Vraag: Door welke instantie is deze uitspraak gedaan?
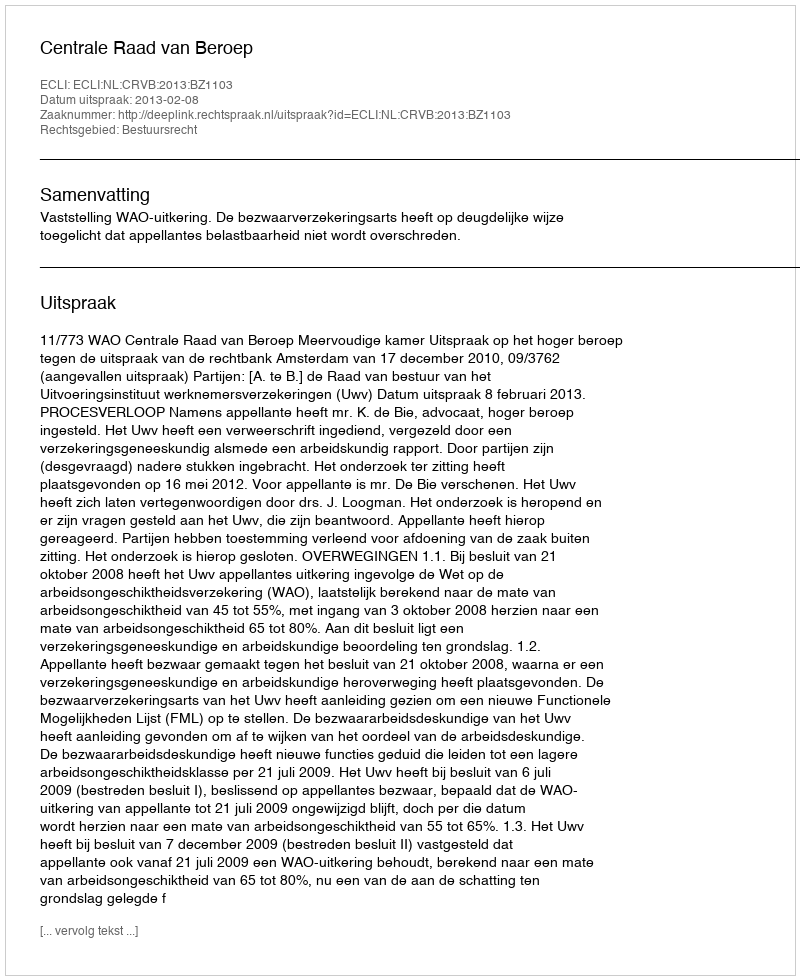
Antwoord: Centrale Raad van Beroep